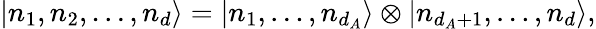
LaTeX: |n_{1},n_{2},\ldots,n_{d}\rangle=|n_{1},\ldots,n_{d_{A}}\rangle\otimes|n_{d_{A}+1},\ldots,n_{d}\rangle,